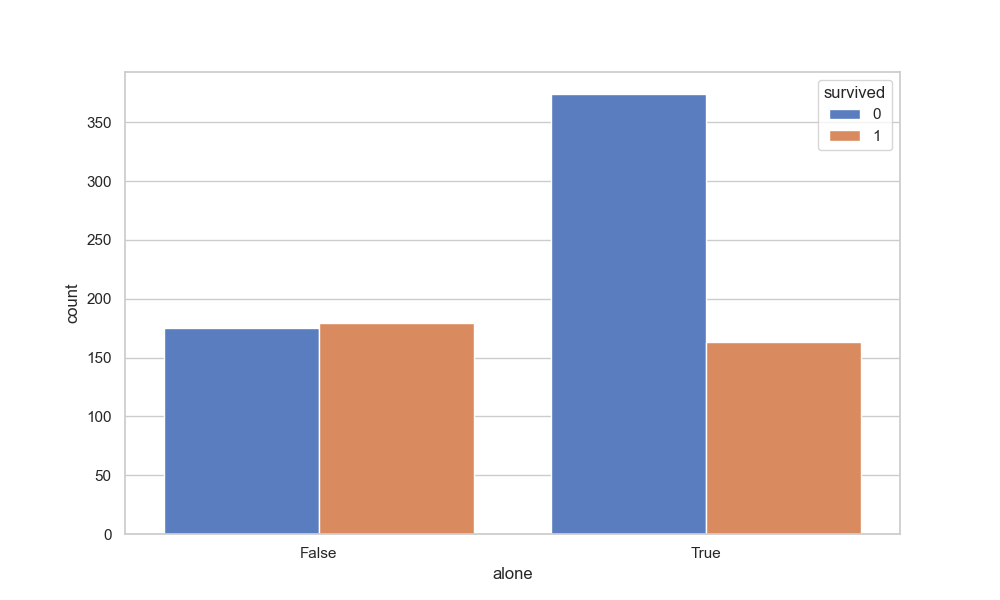
python, seaborn, countplot, x='alone', palette='muted', hue='survived'